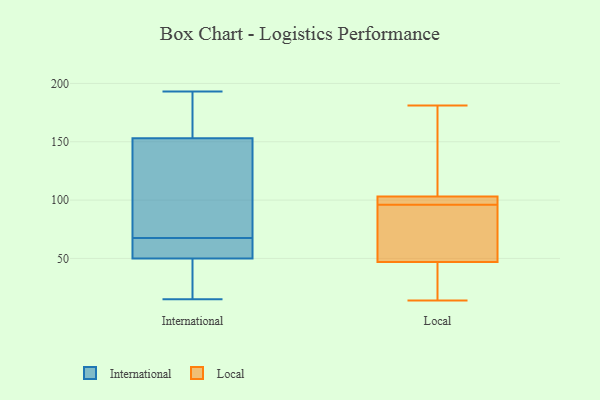
{"axis": {"x": "Demand Index", "y": "Value"}, "legend": ["International", "Local"], "data": [{"x": "", "y": 193, "type": "International"}, {"x": "", "y": 50, "type": "International"}, {"x": "", "y": 35, "type": "International"}, {"x": "", "y": 50, "type": "International"}, {"x": "", "y": 178, "type": "International"}, {"x": "", "y": 58, "type": "International"}, {"x": "", "y": 16, "type": "International"}, {"x": "", "y": 100, "type": "International"}, {"x": "", "y": 159, "type": "International"}, {"x": "", "y": 70, "type": "International"}, {"x": "", "y": 98, "type": "International"}, {"x": "", "y": 15, "type": "International"}, {"x": "", "y": 153, "type": "International"}, {"x": "", "y": 65, "type": "International"}, {"x": "", "y": 50, "type": "Local"}, {"x": "", "y": 99, "type": "Local"}, {"x": "", "y": 86, "type": "Local"}, {"x": "", "y": 103, "type": "Local"}, {"x": "", "y": 100, "type": "Local"}, {"x": "", "y": 14, "type": "Local"}, {"x": "", "y": 167, "type": "Local"}, {"x": "", "y": 102, "type": "Local"}, {"x": "", "y": 47, "type": "Local"}, {"x": "", "y": 178, "type": "Local"}, {"x": "", "y": 33, "type": "Local"}, {"x": "", "y": 17, "type": "Local"}, {"x": "", "y": 181, "type": "Local"}, {"x": "", "y": 93, "type": "Local"}]}